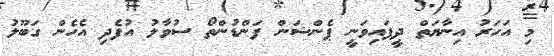
މި އަހަރު އިނާޔަތް ދީފައިވަނީ ޕެންޝަން ފަންޑުންތޯ ސުވާލު އުފެދި އެހެން ގަބޫލު